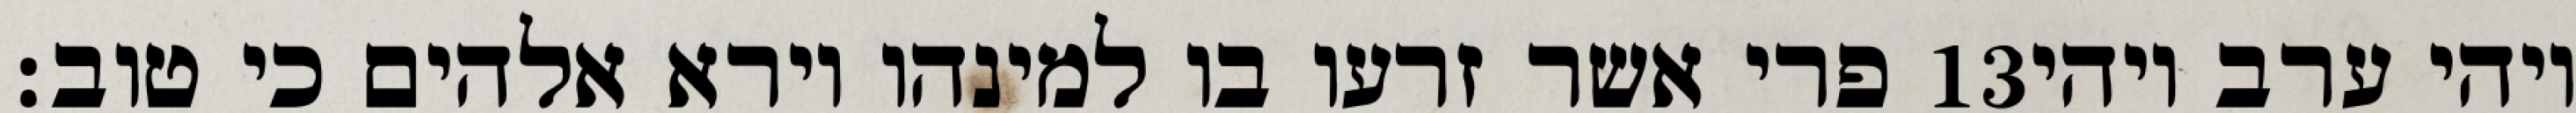
פרי אשר זרעו בו למינהו וירא אלהים כי טוב׃ ‎13‏ ויהי ערב ויהי